Vaccination in Bombay 1869-1873 - 1869-1873
Year: 1869
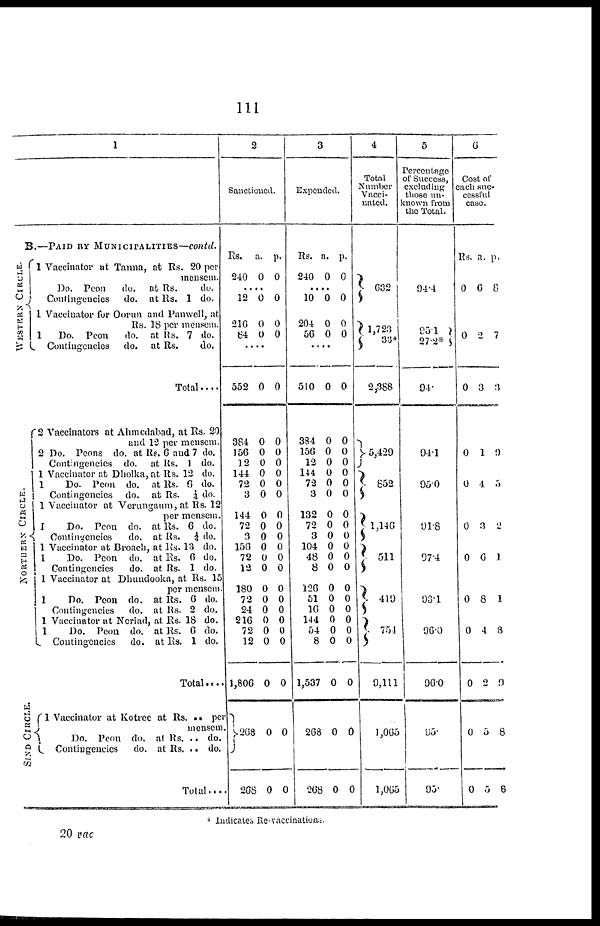
111
1
B.—PAID BY MUNICIPALITIES—contd.
WESTERN CIRCLE.
NORTHERN CIRCLE.
SIND CIRCLE.
1 Vaccinator at Tanna, at Rs. 20 per
mensem.
Do. Peon
do. at Rs.
do.
Contingencies do. at Rs. 1 do.
1 Vaccinator for Oorun and Panwell, at
Rs. 18 per mensem.
1
Do. Peon
do. at Rs. 7 do.
Contingencies do. at Rs.
do.
Total....
2 Vaccinators at Ahmedabad, at Rs. 20
and 12 per mensem.
2 Do. Peons do. at Rs. 6 and 7 do.
Contingencies do. at Rs. 1 do.
1 Vaccinator at Dholka, at Rs. 12 do.
1
Do. Peon do. at Rs. 6 do.
Contingencies do. at Rs. ¼ do.
1 Vaccinator at Verungaum, at Rs. 12
per mensem.
I
Do. Peon do. at Rs. 6 do.
Contingencies
do. at Rs. ¼ do.
1 Vaccinator at Broach, at Rs. 13 do.
1
Do. Peon do. at Rs. 6 do.
Contingencies
do. at Rs. 1 do.
1 Vaccinator at Dhundooka, at Rs. 15
per mensem.
1
Do. Peon do. at Rs. 6 do.
Contingencies do. at Rs. 2 do.
1 Vaccinator at Neriad, at Rs. 18 do.
1
Do. Peon. do. at Rs. 6 do.
Contingencies do. at Rs. 1 do.
Total ....
1 Vaccinator at Kotree at Rs. .. per
mensem.
Do. Peon do. at Rs. .. do.
Contingencies
do. at Rs. .. do.
Total....
2
Sanctioned.
Rs.
240
a.
0
p.
0
....
12
216
84
0
0
0
0
0
0
....
552
384
156
12
144
72
3
144
72
3
156
72
12
180
72
24
216
72
12
1,806
268
268
0
0
0
0
0
0
0
0
0
0
0
0
0
0
0
0
0
0
0
0
0
0
0
0
0
0
0
0
0
0
0
0
0
0
0
0
0
0
0
0
0
0
0
0
3
Expended.
Rs.
240
a.
0
p.
0
....
10
204
56
0
0
0
0
0
0
....
510
384
156
12
144
73
3
132
72
3
104
48
8
126
51
16
144
54
8
1,537
268
268
0
0
0
0
0
0
0
0
0
0
0
0
0
0
0
0
0
0
0
0
0
0
0
0
0
0
0
0
0
0
0
0
0
0
0
0
0
0
0
0
0
0
0
0
4
Total
Number
Vacci-
nated.
632
1,723
33*
2,388
5,429
852
1,146
511
419
754
9,111
1,065
1,065
5
Percentage
of Success,
excluding
those un-
known from
the Total.
94.4
95.1
27.2*
94.
94.1
95.0
91.8
97.4
93.1
96.0
96.0
95.
95.
6
Cost of
each suc-
cessful
case.
Rs.
0
0
0
0
0
0
0
0
0
0
0
0
a.
6
2
3
1
4
3
6
8
4
2
5
5
p.
8
7
3
9
5
2
1
1
3
9
8
8
* Indicates Re-vaccinations.
20 vac